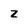
Character: 2